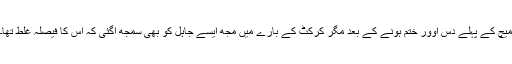
میچ کے پہلے دس اوور ختم ہونے کے بعد مگر کرکٹ کے بارے میں مجھ ایسے جاہل کو بھی سمجھ آگئی کہ اس کا فیصلہ غلط تھا۔